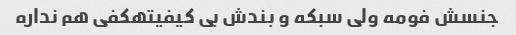
جنسش فومه ولی سبکه و بندش بی کیفیتهکفی هم نداره